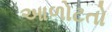
આળોટતો